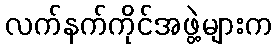
လက်နက်ကိုင်အဖွဲ့များက